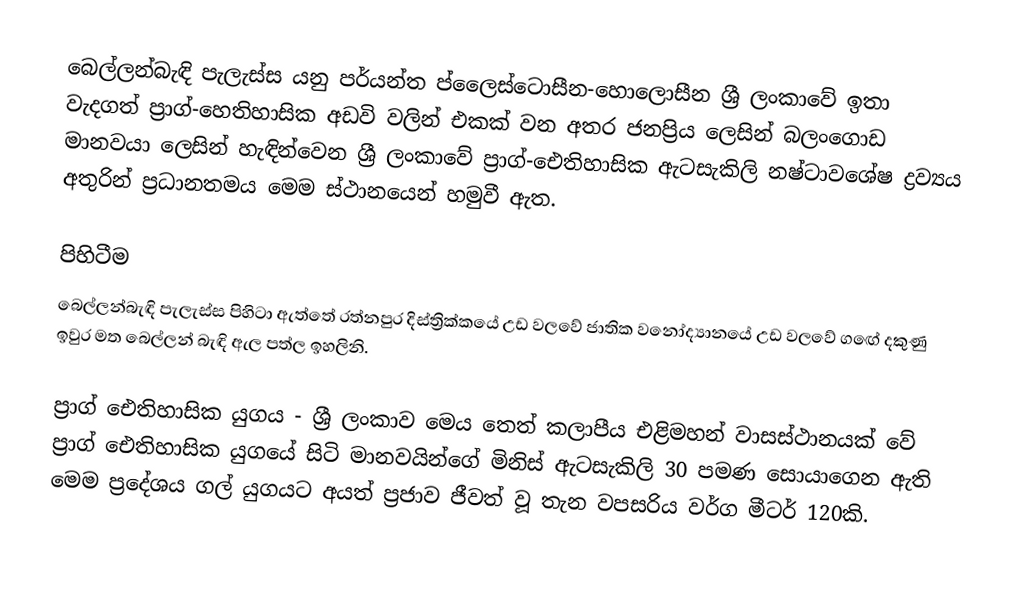
බෙල්ලන්බැඳි පැලැස්ස යනු පර්යන්ත ප්ලෛස්ටොසීන-හොලොසීන ශ්‍රී ලංකාවේ ඉතා වැදගත් ප්‍රාග්-හෙතිහාසික අඩවි වලින් එකක් වන අතර ජනප්‍රිය ලෙසින් බලංගොඩ මානවයා ලෙසින් හැඳින්වෙන ශ්‍රී ලංකාවේ ප්‍රාග්-ඓතිහාසික ඇටසැකිලි නෂ්ටාවශේෂ ද්‍රව්‍යය අතුරින් ප්‍රධානතමය මෙම ස්ථානයෙන් හමුවී ඇත.

පිහිටීම
බෙල්ලන්බැඳි පැලැස්ස පිහිටා ඇත්තේ රත්නපුර දිස්ත්‍රික්කයේ උඩ වලවේ ජාතික වනෝද්‍යානයේ උඩ වලවේ ගඟේ දකුණු ඉවුර මත බෙල්ලන් බැඳි ඇල පත්ල ඉහලිනි.

ප්‍රාග් ඓතිහාසික යුගය - ශ්‍රී ලංකාව මෙය තෙත් කලාපීය එළිමහන් වාසස්ථානයක් වේ ප්‍රාග් ඓතිහාසික යුගයේ සිටි මානවයින්ගේ මිනිස් ඇටසැකිලි 30 පමණ සොයාගෙන ඇති මෙම ප්‍රදේශය ගල් යුගයට අයත් ප්‍රජාව ජීවත් වූ තැන වපසරිය වර්ග මීටර් 120කි.